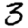
Digit: 3